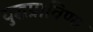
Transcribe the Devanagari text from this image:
युद्धप्राविण्य